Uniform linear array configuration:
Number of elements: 48
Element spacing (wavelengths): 1
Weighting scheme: hann
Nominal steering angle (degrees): -30
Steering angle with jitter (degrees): -29.787
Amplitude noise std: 0.05
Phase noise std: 0.05

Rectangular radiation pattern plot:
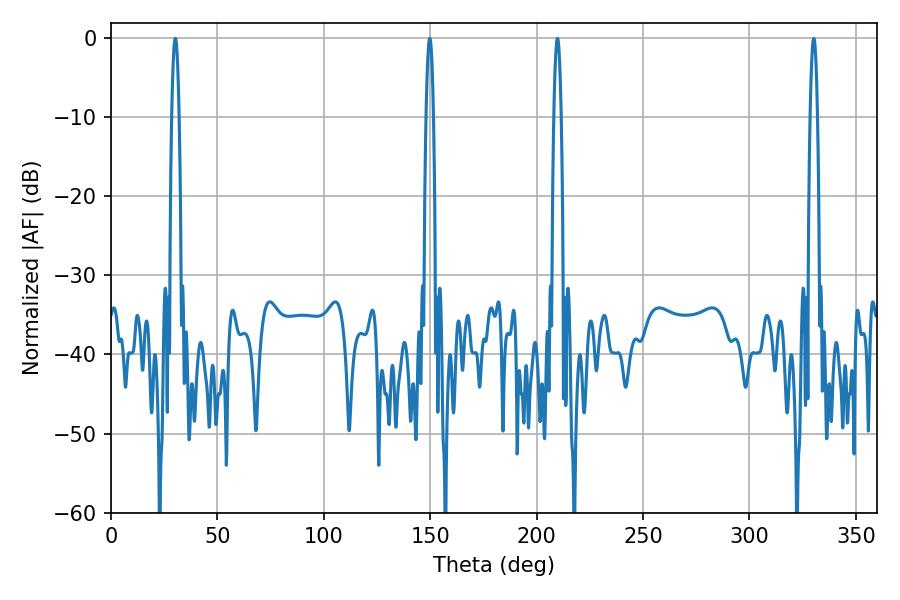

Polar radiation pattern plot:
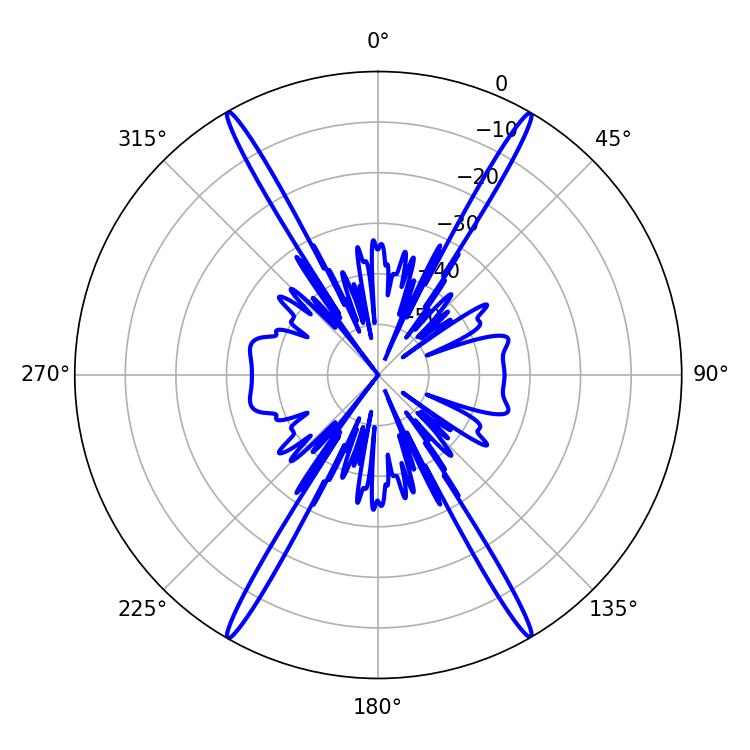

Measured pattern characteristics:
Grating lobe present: TRUE
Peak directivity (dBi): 34.806
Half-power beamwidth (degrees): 1.8
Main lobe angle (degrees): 30.24